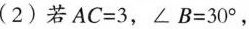
(2)若$$A C = 3$$，$$∠ B = 3 0 °$$，